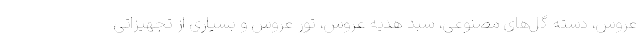
عروس، دسته گل‌های مصنوعی، سبد هدیه عروس، تور عروس و بسیاری از تجهیزاتی